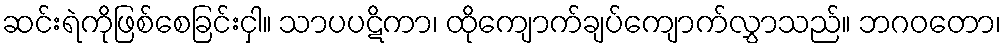
ဆင်းရဲကိုဖြစ်စေခြင်းငှါ။ သာပပဋိကာ၊ ထိုကျောက်ချပ်ကျောက်လွှာသည်။ ဘဂဝတော၊